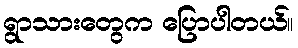
ရွာသားတွေက ပြောပါတယ်။